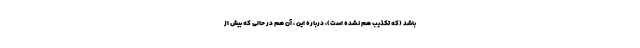
باشد (که تکذیب هم نشده است)، درباره این ، آن هم در حالی که بیش از